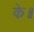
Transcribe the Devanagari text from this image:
के॥